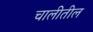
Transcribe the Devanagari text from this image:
चालीतील